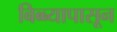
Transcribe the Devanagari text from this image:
बिब्ब्यापासून